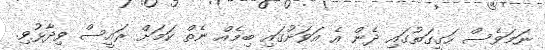
ނަމަވެސް ހަގީގަތުގައި ދެން އެ އަވަށުގައި ބިމެއް ނެތް ކަމަށް ރައީސް ވިދާޅުވި.